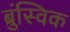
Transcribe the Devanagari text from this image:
ब्रुंस्विक